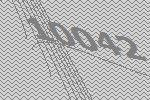
10042